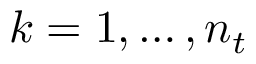
k = 1 , \dots , n _ { t }